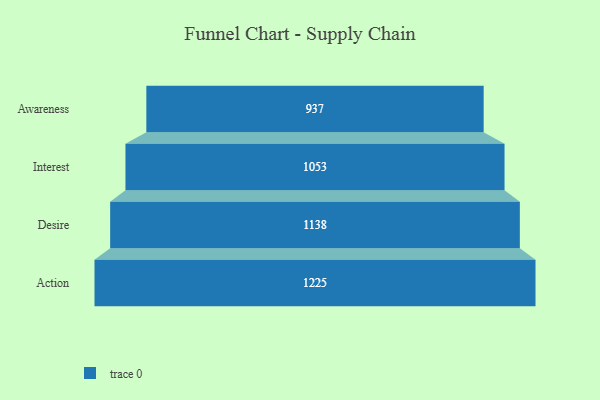
{"axis": {"x": "Stage", "y": "Value"}, "legend": [""], "data": [{"x": "Awareness", "y": 937.0, "type": ""}, {"x": "Interest", "y": 1053.0, "type": ""}, {"x": "Desire", "y": 1138.0, "type": ""}, {"x": "Action", "y": 1225.0, "type": ""}]}